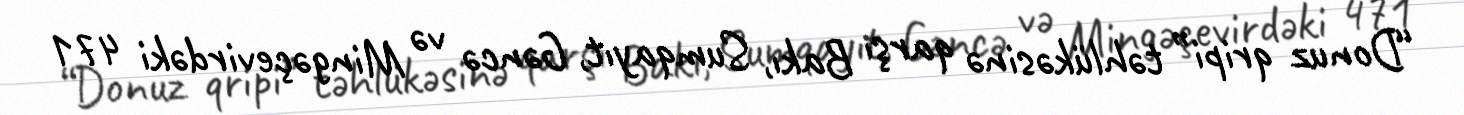
“Donuz qripi” təhlükəsinə qarşı Bakı, Sumqayıt, Gəncə və Mingəçevirdəki 471